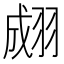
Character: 𦑆